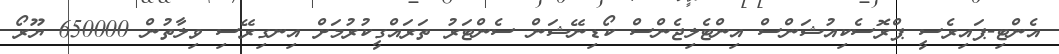
އެންޓި-ޕައިރެސީ ޕްރޮސެކިއުޝަންސް އިންޓެލިޖެންސް ކޯޑިނޭޝަން ސެންޓަރު ތަރައްގީކުރުމަށް އިނގިރޭސި ވިލާތުން 650000 ޔޫރޯ